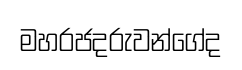
මහරජදරුවන්ගේද